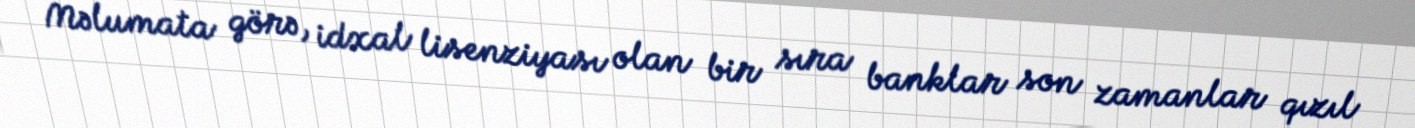
Məlumata görə, idxal lisenziyası olan bir sıra banklar son zamanlar qızıl